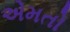
એમતો